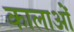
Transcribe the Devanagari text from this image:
कालाओं